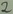
Text: 2